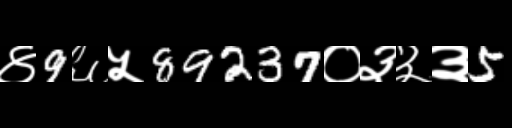
Text: ४9६५89237०३३३5